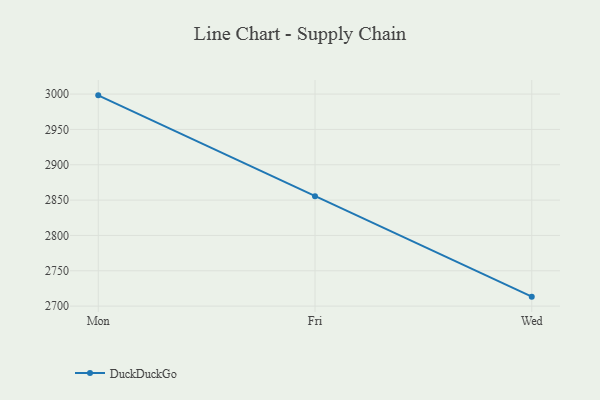
{"axis": {"x": "Day", "y": "Net Income (USD K)"}, "legend": ["DuckDuckGo"], "data": [{"x": "Mon", "y": 2998.2, "type": "DuckDuckGo"}, {"x": "Fri", "y": 2855.3, "type": "DuckDuckGo"}, {"x": "Wed", "y": 2713.4, "type": "DuckDuckGo"}]}